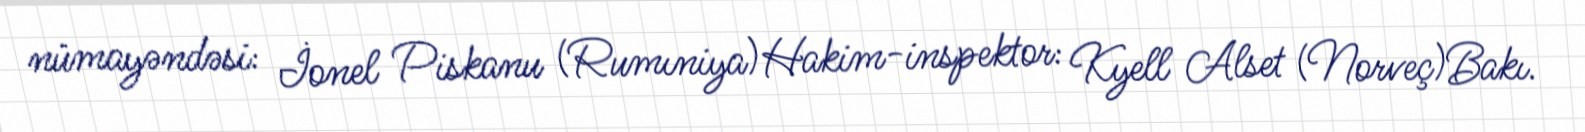
nümayəndəsi: İonel Piskanu (Rumıniya)Hakim-inspektor: Kyell Alset (Norveç)Bakı.